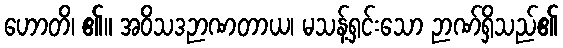
ဟောတိ၊ ၏။ အဝိသဒဉာဏတာယ၊ မသန့်ရှင်းသော ဉာဏ်ရှိသည်၏